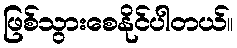
ဖြစ်သွားစေနိုင်ပါတယ်။